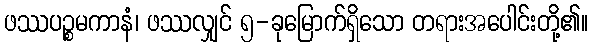
ဖဿပဉ္စမကာနံ၊ ဖဿလျှင် ၅-ခုမြောက်ရှိသော တရားအပေါင်းတို့၏။